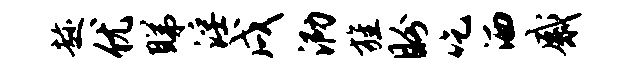
趁优睇淫戌泐旌盼吃洒感